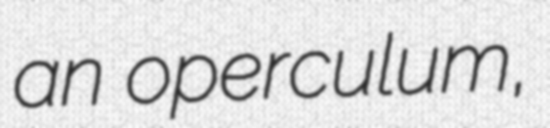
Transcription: an operculum,